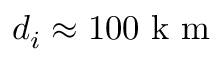
d _ { i } \approx 1 0 0 \mathrm { ~ k ~ m ~ }